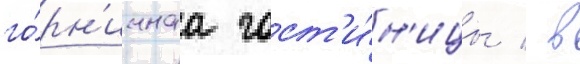
го́рн'ичнаа гост'и́н'ицы / в